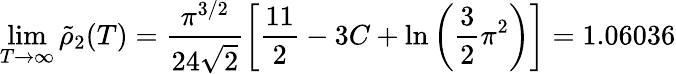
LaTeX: \operatorname*{lim}_{T\to\infty}\tilde{\rho}_{2}(T)=\frac{\pi^{3/2}}{24\sqrt{2}}\left[\frac{11}{2}-3C+\ln\left(\frac{3}{2}\pi^{2}\right)\right]=1.06036